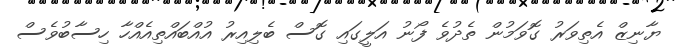
ޔާނިޒް އެތިވަރު ގޮވަމުން ތެދުވެ ފޯނު އަލީގައި ގޮސް ބެލިއިރު އުއްބައްތިއެއްހާ ހިސާބުވެސް